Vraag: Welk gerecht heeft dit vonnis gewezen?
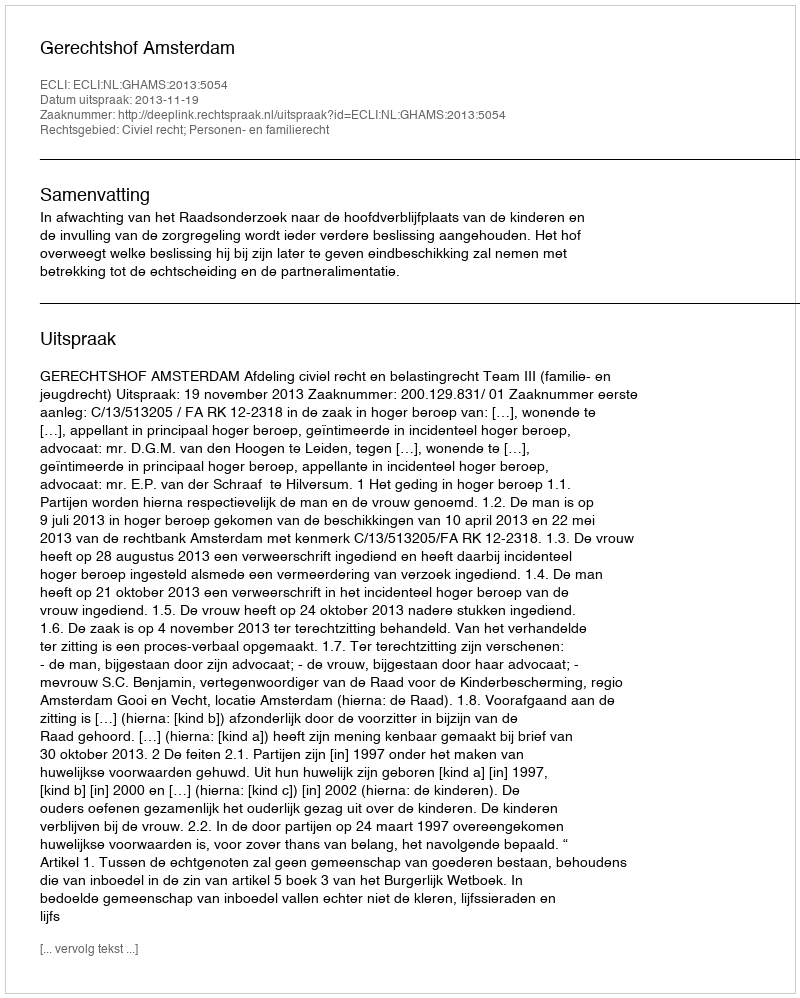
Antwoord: Gerechtshof Amsterdam